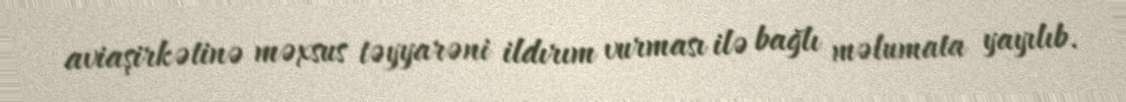
aviaşirkətinə məxsus təyyarəni ildırım vurması ilə bağlı məlumata yayılıb.